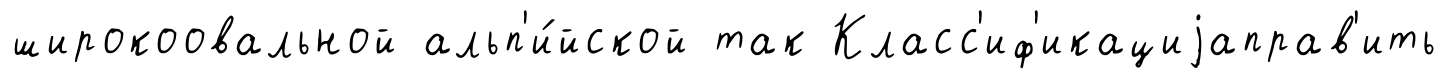
широкоовальной альп'и́йской так Класс'иф'икациjаправ'ить